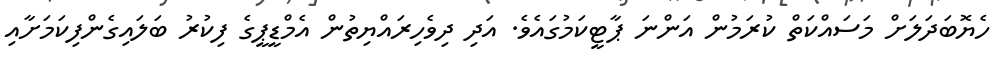
ހެޔޮބަދަލަށް މަސައްކަތް ކުރަމުން އަންނަ ޕާޓީކަމުގައެވެ. އަދި ދިވެހިރައްޔިތުން އެމްޑީޕީގެ ފިކުރު ބަލައިގެންފިކަމަށާއި